Scottish Leaving Certificate Examination, 1958
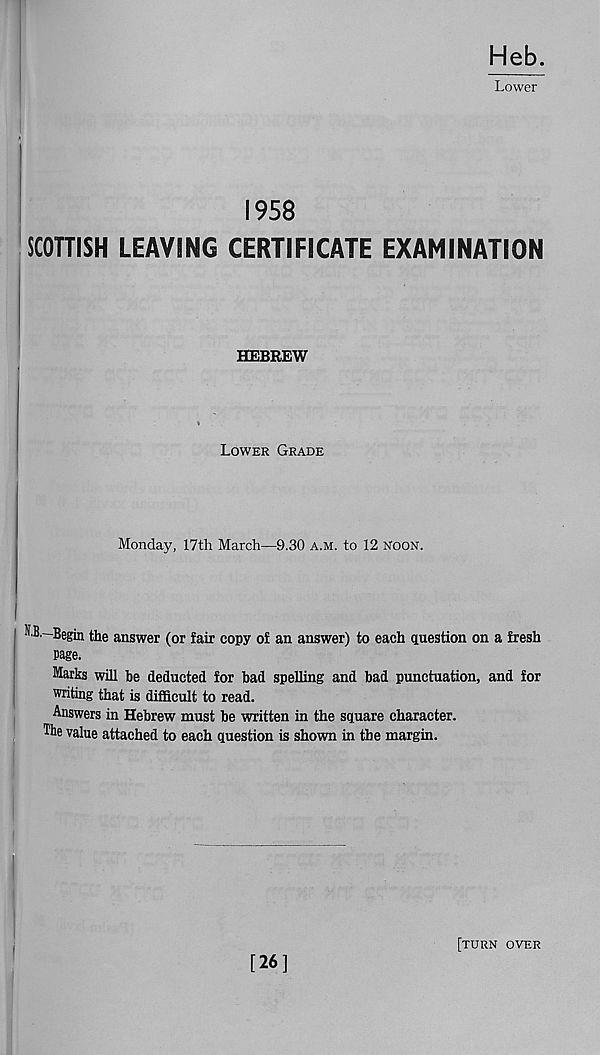
Heb.
Lower
1958
SCOTTISH LEAVING CERTIFICATE EXAMINATION
HEBREW
Lower Grade
Monday, 17th March—9.30 a.m. to 12 Noon.
NB,—Begin the answer (or fair copy of an answer) to each question on a fresh
page.
Marks will be deducted for bad spelling and had punctuation, and for
writing that is difficult to read.
Answers in Hebrew must be written in the square character.
The value attached to each question is shown in the margin.
[26]
[turn over